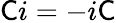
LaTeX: {\mathsf{C}}i=-i{\mathsf{C}}